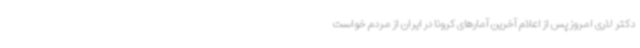
دکتر لاری امروز پس از اعلام آخرین آمارهای کرونا در ایران از مردم خواست